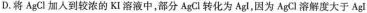
D.将AgCl加入到较浓的KI溶液中，部分AgCl转化为AgI，因为AgCl溶解度大于AgI